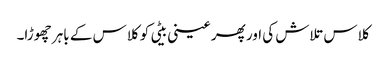
کلاس تلاش کی اور پھر عینی بیٹی کو کلاس کے باہر چھوڑا۔